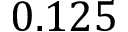
0 . 1 2 5